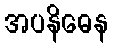
အပနိဓေန